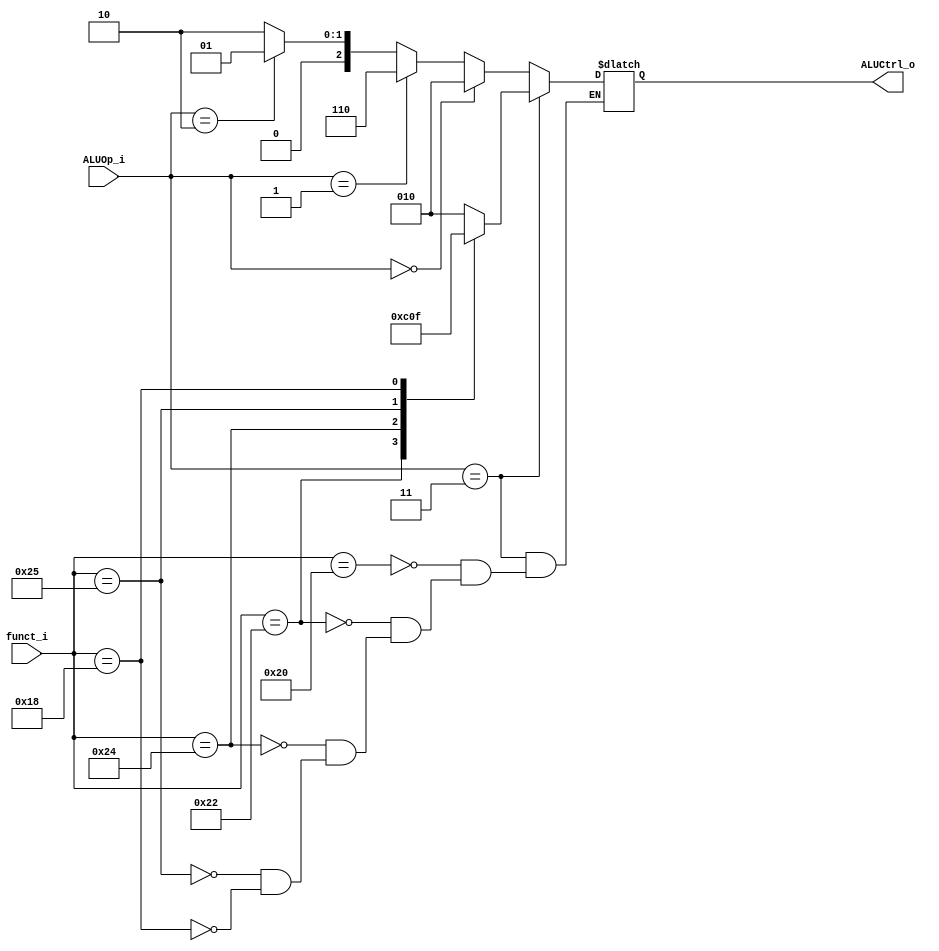
module ALU_Control(funct_i, ALUOp_i, ALUCtrl_o);
	input [5:0] funct_i;
	input [1:0] ALUOp_i;
	output [2:0] ALUCtrl_o;

	reg [2:0] ALUCtrl_o;
	
	localparam
		// ALUop
		ALU_R_TYPE = 2'b11,
		ALU_ADD = 2'b00,
		ALU_SUB = 2'b01,
		ALU_OR = 2'b10,
		//
		ADD = 3'b010,
		SUB = 3'b110,
		OR = 3'b001,
		AND = 3'b000,
		MUL = 3'b111;
	always @(funct_i or ALUOp_i) begin
		if (ALUOp_i == ALU_R_TYPE) begin
			case (funct_i)
			// add
			6'b100000:
				begin
					ALUCtrl_o <= ADD;
				end
			// subtract
			6'b100010:
				begin
					ALUCtrl_o <= SUB;
				end
			// and
			6'b100100:
				begin
					ALUCtrl_o <= AND;
				end
			// or
			6'b100101:
				begin
					ALUCtrl_o <= OR;
				end
			// mul
			6'b011000:
				begin
					ALUCtrl_o <= MUL;
				end
			endcase
		end
		
		else if(ALUOp_i == ALU_ADD) begin
			ALUCtrl_o <=  ADD; // addi will go into this 
		end
		else if(ALUOp_i == ALU_SUB) begin
			ALUCtrl_o <= SUB;			
		end
		else if(ALUOp_i == ALU_OR) begin
			ALUCtrl_o <= OR;		
		end
		else begin
			// defualt ADD
			ALUCtrl_o <= ADD;
		end
	end
endmodule